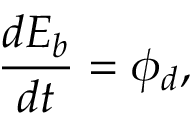
\frac { d E _ { b } } { d t } = \phi _ { d } ,